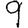
Digit: 9